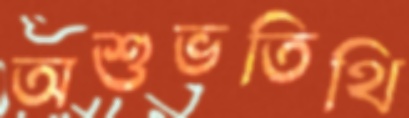
অশুভতিথি